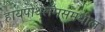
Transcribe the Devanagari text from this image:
हायपोथॅलॅमसमधील